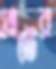
প্লাটের